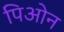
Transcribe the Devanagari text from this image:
पिओन